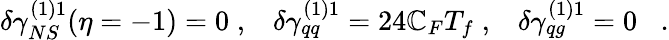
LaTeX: \delta\gamma_{NS}^{(1)1}(\eta=-1)=0\; ,\; \; \; \delta\gamma_{qq}^{(1)1}=24\mathbb{C}_{F}T_{f}\; ,\; \; \; \delta\gamma_{qg}^{(1)1}=0\; \; \; .